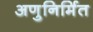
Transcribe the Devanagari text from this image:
अणुनिर्मित